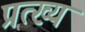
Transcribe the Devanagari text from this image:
प्रत्ख्य